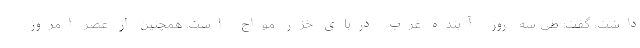
داشت، گفت: طی سه روز آینده غرب دریای خزر مواج است. همچنین از عصر امروز